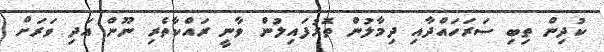
ކުދިން ތިބި ސަރަހައްދާއި ދިމާލުން ތޮރުފައިލުން ވާނީ ރައްކާތެރި ނޫން އަދި ވަރަށް